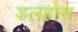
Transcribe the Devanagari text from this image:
डलहोस